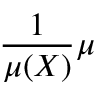
{ \frac { 1 } { \mu ( X ) } } \mu